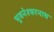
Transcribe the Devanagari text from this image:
भुवनेश्‍वरनाथ